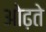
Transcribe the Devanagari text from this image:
ओढ़ते